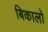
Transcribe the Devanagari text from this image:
बिकालो